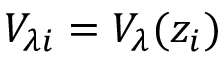
V _ { \lambda i } = V _ { \lambda } ( z _ { i } )